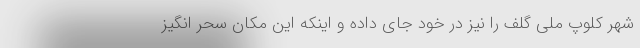
شهر كلوپ ملی گلف را نيز در خود جای داده و اینکه اين مكان سحر انگیز